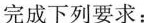
完成下列要求：